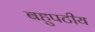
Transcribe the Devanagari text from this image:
बहुपटीय